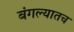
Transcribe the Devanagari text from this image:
बंगल्यातच